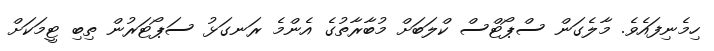
ހިމެނިފައެވެ. މާލެގަން ސްޕޯޓްސް ކްލަބަށް މުބާރާތުގެ އެންމެ ރަނގަޅު ސަޕޯޓަރުން ތިބި ޓީމަކަށް